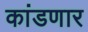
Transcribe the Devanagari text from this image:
कांडणार